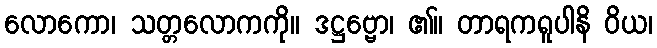
လောကော၊ သတ္တလောကကို။ ဒဋ္ဌဗ္ဗော၊ ၏။ တာရကရူပါနိ ဝိယ၊